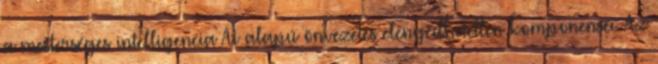
a mesterséges intelligencia AI alapú önvezetés elengedhetetlen komponensei. Az